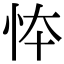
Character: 㤒